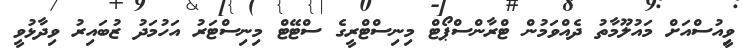
ވިީއުސްއަށް މައުލޫމާތު ދެއްވަމުން ޓްރާންސްޕޯޓް މިނިސްޓްރީގެ ސްޓޭޓް މިނިސްޓަރު އަހުމަދު ޒުބައިރު ވިދާޅުވީ